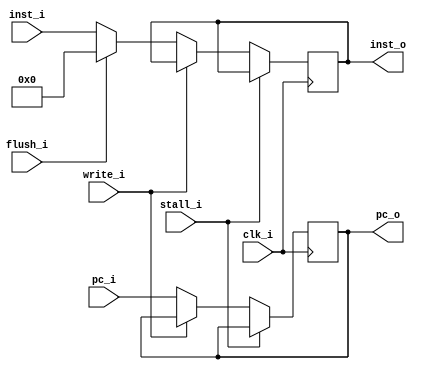
module IF_ID(
	clk_i,
	pc_i,
	stall_i,
	inst_i,
	flush_i,
	write_i,
	pc_o,
	inst_o
);

input clk_i, flush_i, write_i, stall_i;
input [31:0] pc_i, inst_i;
output [31:0] pc_o, inst_o;
reg pc_o, inst_o;
always@(posedge clk_i)
begin // modified at 12/8 18:46 by toetoe
	if(stall_i) begin
	end
	else begin
		if(write_i == 0)
		begin
			pc_o <= pc_i;
			// 20171210
			if(flush_i == 1) // check whether we need to flush  
			begin
				inst_o <= 32'b0;
			end
			else
			begin
				inst_o <= inst_i; 
			end
		end
		else
		begin
			//flush
		end
	end
end
endmodule